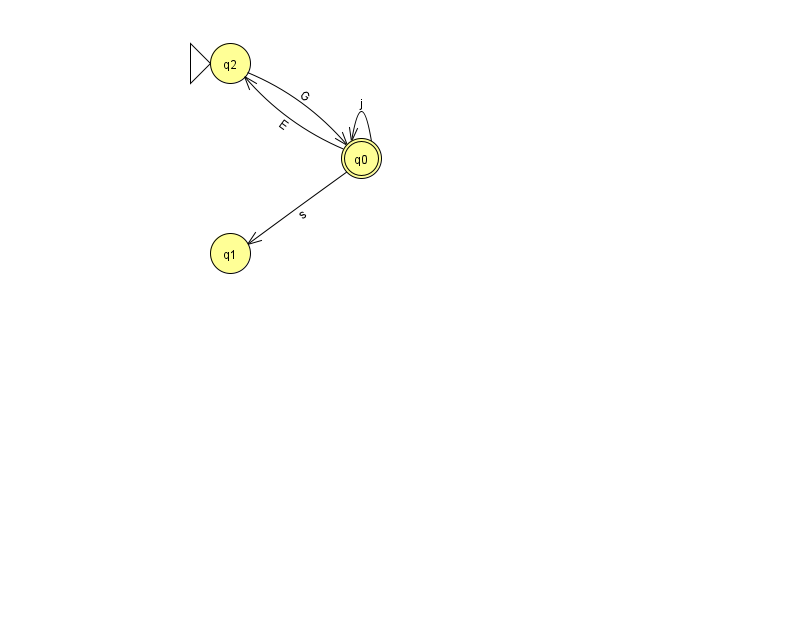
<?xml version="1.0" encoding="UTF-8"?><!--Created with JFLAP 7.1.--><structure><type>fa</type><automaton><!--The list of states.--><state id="0" name="q0"><x>361.0</x><y>145.0</y><final/></state><state id="1" name="q1"><x>230.0</x><y>240.0</y></state><state id="2" name="q2"><x>230.0</x><y>50.0</y><initial/></state><!--The list of transitions.--><transition><from>0</from><to>2</to><read>E</read></transition><transition><from>2</from><to>0</to><read>G</read></transition><transition><from>0</from><to>0</to><read>j</read></transition><transition><from>0</from><to>1</to><read>s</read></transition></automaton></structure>